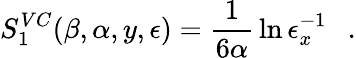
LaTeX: S_{1}^{VC}(\beta,\alpha,y,\epsilon)={\frac{1}{6\alpha}}\ln{\epsilon_{x}^{-1}}~~~.